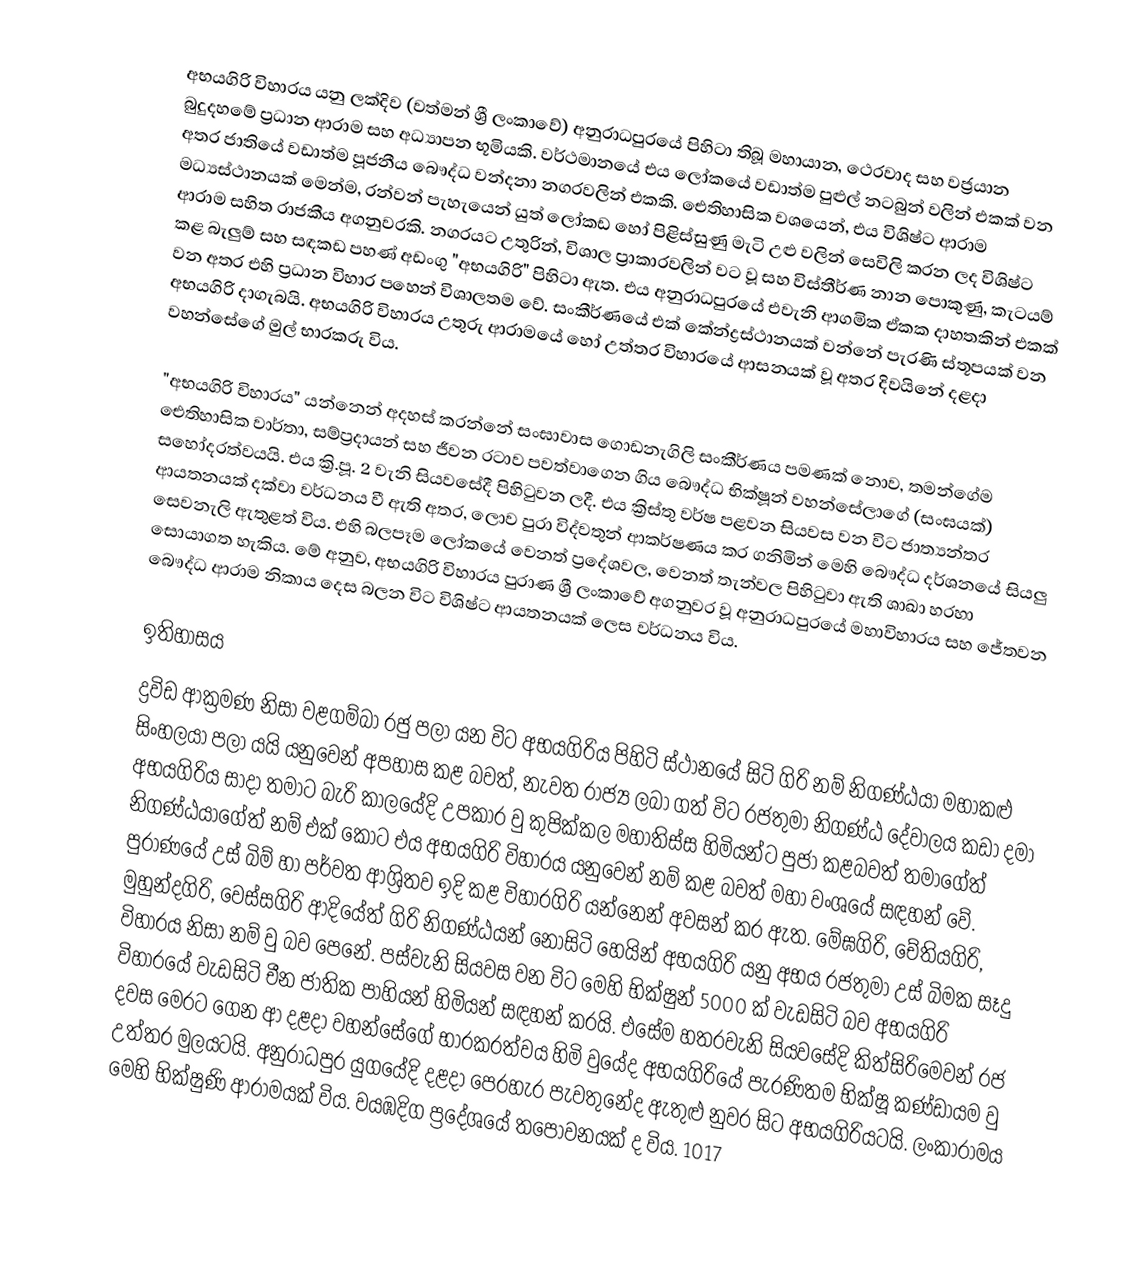
අභයගිරි විහාරය යනු ලක්දිව (වත්මන් ශ්‍රී ලංකාවේ) අනුරාධපුරයේ පිහිටා තිබූ මහායාන, ථෙරවාද සහ වජ්‍රයාන බුදුදහමේ ප්‍රධාන ආරාම සහ අධ්‍යාපන භූමියකි. වර්ථමානයේ එය ලෝකයේ වඩාත්ම පුළුල් නටබුන් වලින් එකක් වන අතර ජාතියේ වඩාත්ම පූජනීය බෞද්ධ වන්දනා නගරවලින් එකකි. ඓතිහාසික වශයෙන්, එය විශිෂ්ට ආරාම මධ්‍යස්ථානයක් මෙන්ම, රන්වන් පැහැයෙන් යුත් ලෝකඩ හෝ පිළිස්සුණු මැටි උළු වලින් සෙවිලි කරන ලද විශිෂ්ට ආරාම සහිත රාජකීය අගනුවරකි. නගරයට උතුරින්, විශාල ප්‍රාකාරවලින් වට වූ සහ විස්තීර්ණ නාන පොකුණු, කැටයම් කළ බැලුම් සහ සඳකඩ පහණ් අඩංගු "අභයගිරි" පිහිටා ඇත. එය අනුරාධපුරයේ එවැනි ආගමික ඒකක දාහතකින් එකක් වන අතර එහි ප්‍රධාන විහාර පහෙන් විශාලතම වේ. සංකීර්ණයේ එක් කේන්ද්‍රස්ථානයක් වන්නේ පැරණි ස්තූපයක් වන අභයගිරි දාගැබයි. අභයගිරි විහාරය උතුරු ආරාමයේ හෝ උත්තර විහාරයේ ආසනයක් වූ අතර දිවයිනේ දළදා වහන්සේගේ මුල් භාරකරු විය.

"අභයගිරි විහාරය" යන්නෙන් අදහස් කරන්නේ සංඝාවාස ගොඩනැගිලි සංකීර්ණය පමණක් නොව, තමන්ගේම ඓතිහාසික වාර්තා, සම්ප්‍රදායන් සහ ජීවන රටාව පවත්වාගෙන ගිය බෞද්ධ භික්ෂූන් වහන්සේලාගේ (සංඝයක්) සහෝදරත්වයයි. එය ක්‍රි.පූ. 2 වැනි සියවසේදී පිහිටුවන ලදී. එය ක්‍රිස්තු වර්ෂ පළවන සියවස වන විට ජාත්‍යන්තර ආයතනයක් දක්වා වර්ධනය වී ඇති අතර, ලොව පුරා විද්වතුන් ආකර්ෂණය කර ගනිමින් මෙහි බෞද්ධ දර්ශනයේ සියලු සෙවනැලි ඇතුළත් විය. එහි බලපෑම ලෝකයේ වෙනත් ප්‍රදේශවල, වෙනත් තැන්වල පිහිටුවා ඇති ශාඛා හරහා සොයාගත හැකිය. මේ අනුව, අභයගිරි විහාරය පුරාණ ශ්‍රී ලංකාවේ අගනුවර වූ අනුරාධපුරයේ මහාවිහාරය සහ ජේතවන බෞද්ධ ආරාම නිකාය දෙස බලන විට විශිෂ්ට ආයතනයක් ලෙස වර්ධනය විය.

ඉතිහාසය
ද්‍රවිඩ ආක්‍රමණ නිසා වළගම්බා රජු පලා යන විට අභයගිරිය පිහිටි ස්ථානයේ සිටි ගිරි නම් නිගණ්ඨයා මහාකළු සිංහලයා පලා යයි යනුවෙන් අපහාස කළ බවත්, නැවත රාජ්‍ය ලබා ගත් විට රජතුමා නිගණ්ඨ දේවාලය කඩා දමා අභයගිරිය සාදා තමාට බැරි කාලයේදි  උපකාර වු කුපික්කල මහාතිස්ස හිමියන්ට පුජා කළබවත් තමාගේත් නිගණ්ඨයාගේත් නම් එක් කොට එය අභයගිරි විහාර‍ය යනුවෙන් නම් කළ බවත් මහා වංශයේ සඳහන් වේ. පුරාණයේ උස් බිම් හා පර්වත ආශ්‍රිතව ඉදි කළ විහාරගිරි යන්නෙන් අවසන් කර ඇත. මේඝගිරි, චේතියගිරි, මුහුන්දගිරි, වෙස්සගිරි ආදියේත් ගිරි නිගණ්ඨයන් නොසිටි හෙයින් අභයගිරි යනු අභය රජතුමා උස් බිමක සෑදු විහාරය නිසා නම් වු බව පෙනේ. පස්වැනි සියවස වන විට මෙහි භික්ෂුන් 5000 ක් වැඩසිටි බව අභයගිරි විහාරයේ වැඩසිටි චීන ජාතික පාහියන් හිමියන් සඳහන් කරයි. එසේම හතරවැනි සියවසේදි කිත්සිරිමෙවන් රජ දවස මෙරට ගෙන ආ දළදා වහන්සේගේ භාරකරත්වය හිමි වුයේද අභයගිරියේ පැරණිතම භික්ෂූ කණ්ඩායම වු උත්තර මුලය‍ටයි. අනුරාධපුර යුගයේදි දළදා පෙරහැර පැවතුනේද ඇතුළු නුවර සිට අභයගිරියටයි. ලංකා‍රාමය මෙහි භික්ෂුණි ආරාමයක් විය. වයඹදිග ප්‍රදේශයේ තපෝවනයක් ද විය. 1017